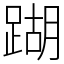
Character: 䠒